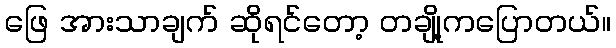
ဖြေ အားသာချက် ဆိုရင်တော့ တချို့ကပြောတယ်။